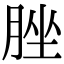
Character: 脞